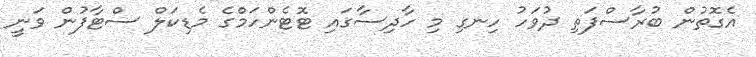
އެގޮތުން ބުރާސްފަތި ދުވަހު ހިނގި މި ހާދިސާގައި ޓޮޓެންހަމްގެ މެޑިކަލް ސްޓާފުން ވަނީ